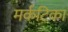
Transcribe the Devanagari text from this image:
मर्कटिका